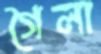
গৈলা